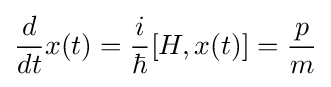
{d \over dt}x(t)={i \over \hbar }[H,x(t)]={\frac {p}{m}}